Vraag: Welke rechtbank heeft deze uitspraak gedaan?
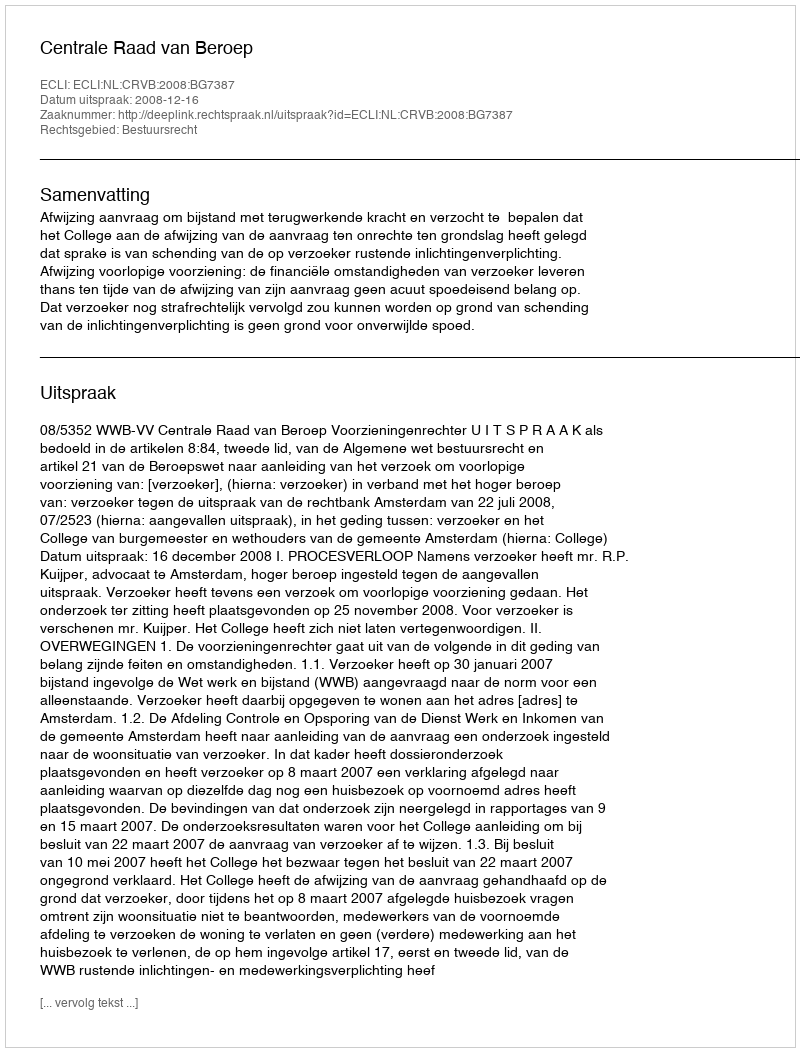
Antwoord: Centrale Raad van Beroep